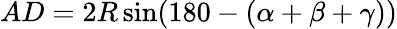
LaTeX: AD=2R\sin(180-(\alpha+\beta+\gamma))